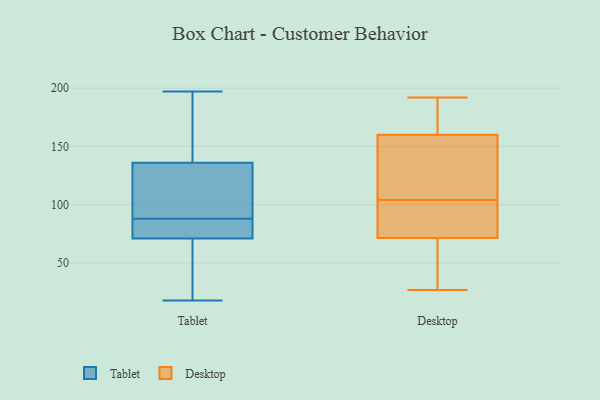
{"axis": {"x": "Net Income (USD K)", "y": "Value"}, "legend": ["Desktop", "Tablet"], "data": [{"x": "", "y": 136, "type": "Tablet"}, {"x": "", "y": 171, "type": "Tablet"}, {"x": "", "y": 88, "type": "Tablet"}, {"x": "", "y": 38, "type": "Tablet"}, {"x": "", "y": 181, "type": "Tablet"}, {"x": "", "y": 116, "type": "Tablet"}, {"x": "", "y": 197, "type": "Tablet"}, {"x": "", "y": 81, "type": "Tablet"}, {"x": "", "y": 144, "type": "Tablet"}, {"x": "", "y": 109, "type": "Tablet"}, {"x": "", "y": 71, "type": "Tablet"}, {"x": "", "y": 18, "type": "Tablet"}, {"x": "", "y": 88, "type": "Tablet"}, {"x": "", "y": 31, "type": "Tablet"}, {"x": "", "y": 75, "type": "Tablet"}, {"x": "", "y": 77, "type": "Tablet"}, {"x": "", "y": 128, "type": "Tablet"}, {"x": "", "y": 29, "type": "Tablet"}, {"x": "", "y": 27, "type": "Desktop"}, {"x": "", "y": 129, "type": "Desktop"}, {"x": "", "y": 50, "type": "Desktop"}, {"x": "", "y": 192, "type": "Desktop"}, {"x": "", "y": 56, "type": "Desktop"}, {"x": "", "y": 160, "type": "Desktop"}, {"x": "", "y": 87, "type": "Desktop"}, {"x": "", "y": 88, "type": "Desktop"}, {"x": "", "y": 119, "type": "Desktop"}, {"x": "", "y": 172, "type": "Desktop"}, {"x": "", "y": 89, "type": "Desktop"}, {"x": "", "y": 160, "type": "Desktop"}]}